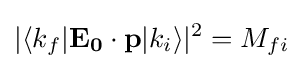
|\langle k_{f}|\mathbf {E_{0}} \cdot \mathbf {p} |k_{i}\rangle |^{2}=M_{fi}